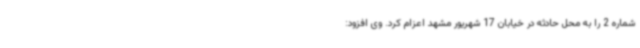
شماره 2 را به محل حادثه در خیابان 17 شهریور مشهد اعزام کرد. وی افزود: